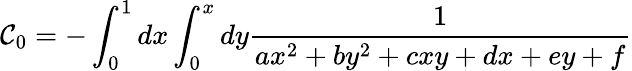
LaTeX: \mathcal{C}_{0}=-\int_{0}^{1}dx\int_{0}^{x}dy\frac{{1}}{{ax^{2}+by^{2}+cxy+dx+ey+f}}